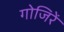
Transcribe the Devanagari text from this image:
गोजिरें